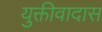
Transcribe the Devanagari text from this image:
युक्तीवादास